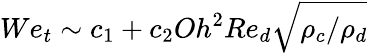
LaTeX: We_{t}\sim c_{1}+c_{2}Oh^{2}Re_{d}\sqrt{\rho_{c}/\rho_{d}}